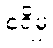
စရိမှ